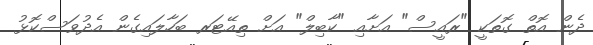
ދެން އޮތް ގޮތަކީ "ރައީސް" އަށާއި "ކާބިލް" އަށް ތިއޭޓަރ ބަހާލައިގެން އެދުވަސްކޮޅު